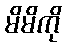
မိမိကို